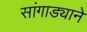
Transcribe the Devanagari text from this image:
सांगाड्याने